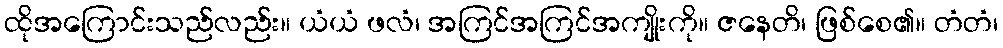
ထိုအကြောင်းသည်လည်း။ ယံယံ ဖလံ၊ အကြင်အကြင်အကျိုးကို။ ဇနေတိ၊ ဖြစ်စေ၏။ တံတံ၊